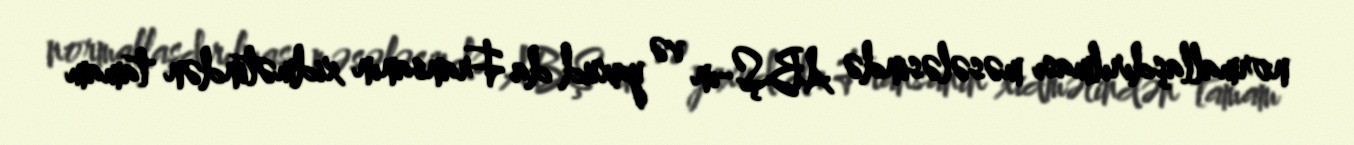
normallaşdırılması məsələsində ABŞ-ın və yaxud da Fransanın xidmətindən tamam